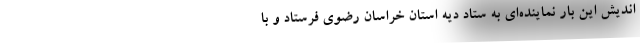
اندیش این بار نماینده‌ای به ستاد دیه استان خراسان رضوی فرستاد و با